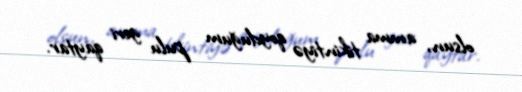
olsun, amma tikintiyə qoyduğum pulu geri qaytar.